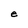
Character: e